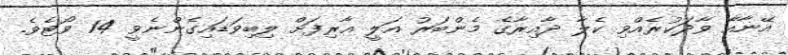
އޭނާއާ ވާދަކުރެއްވި ކެލާ ދާއިރާގެ މެންބަރު އަލީ އާރިފަށް ލިބިވަޑައިގެންނެވީ 14 ވޯޓެވެ.